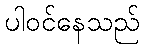
ပါဝင်နေသည်